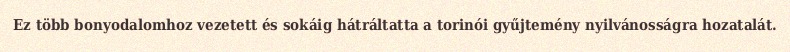
Ez több bonyodalomhoz vezetett és sokáig hátráltatta a torinói gyűjtemény nyilvánosságra hozatalát.